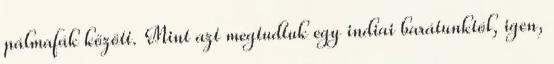
pálmafák között. Mint azt megtudtuk egy indiai barátunktól, igen,